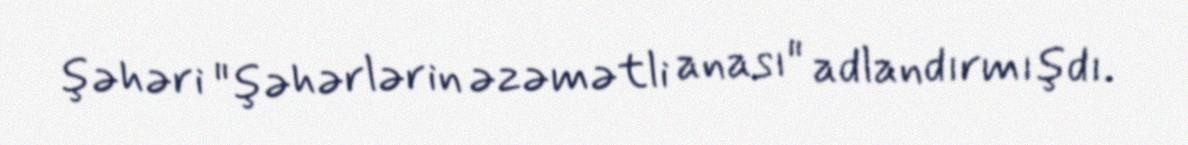
şəhəri "şəhərlərin əzəmətli anası" adlandırmışdı.